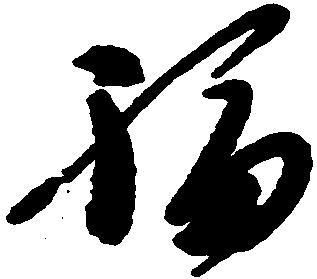
福